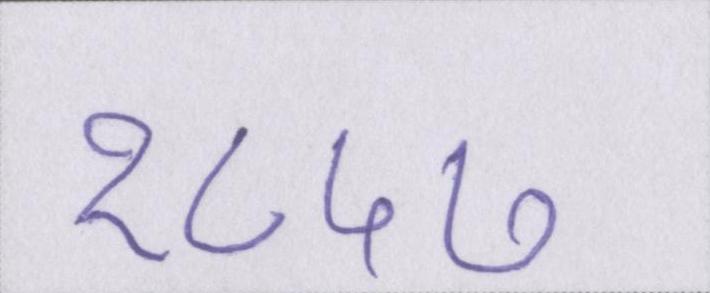
१८५७